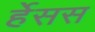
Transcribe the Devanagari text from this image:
र्हेसस